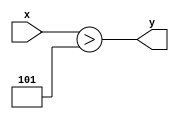
module top(
	input signed [7:0] x,
	output y,
);

assign y = x > -$sqrt(9);

endmodule